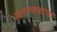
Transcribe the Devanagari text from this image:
आरण्यकाचा